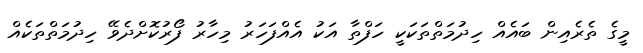
މީގެ ތެރެއިން ބައެއް ހިދުމަތްތަކަކީ ހަފްތާ އަކު އެއްފަހަރު މިހާރު ފޯރުކޮށްދެވޭ ހިދުމަތްތަކެއް